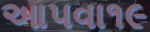
આ૫વા૧૯